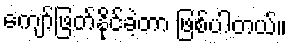
ကျော်ဖြတ်နိုင်ခဲ့တာ ဖြစ်ပါတယ်။